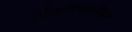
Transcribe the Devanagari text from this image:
टौटमियानिया